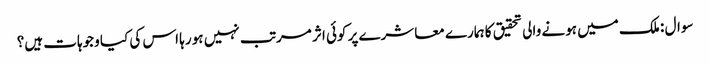
سوال : ملک میں ہونے والی تحقیق کا ہمارے معاشرے پر کوئی اثر مرتب نہیں ہو رہا اس کی کیا وجوہات ہیں؟